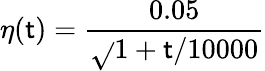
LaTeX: \eta(\mathsf{t})=\frac{{0.05}}{{\sqrt{}{{1+\mathsf{t}/10000}}}}